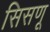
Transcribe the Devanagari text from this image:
सिसणू